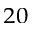
^ { 2 0 }